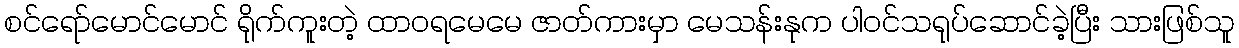
စင်ရော်မောင်မောင် ရိုက်ကူးတဲ့ ထာဝရမေမေ ဇာတ်ကားမှာ မေသန်းနုက ပါဝင်သရုပ်ဆောင်ခဲ့ပြီး သားဖြစ်သူ